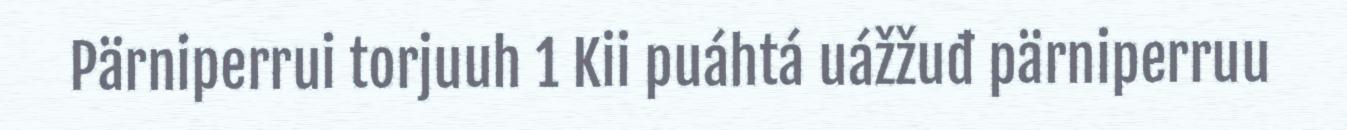
Pärniperrui torjuuh 1 Kii puáhtá uážžuđ pärniperruu